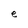
Character: e